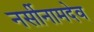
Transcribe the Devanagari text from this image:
नर्सीनामदेव